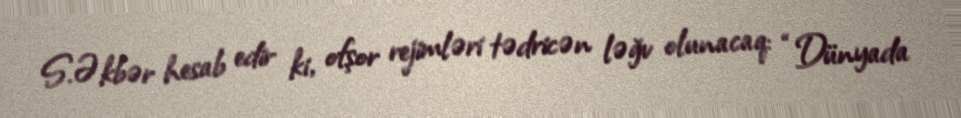
S.Əkbər hesab edir ki, ofşor rejimləri tədricən ləğv olunacaq: “Dünyada